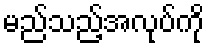
မည်သည့်အလုပ်ကို